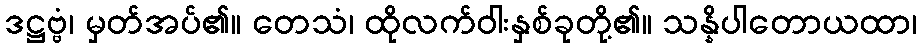
ဒဋ္ဌဗ္ဗံ၊ မှတ်အပ်၏။ တေသံ၊ ထိုလက်ဝါးနှစ်ခုတို့၏။ သန္နိပါတောယထာ၊